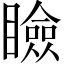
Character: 瞼